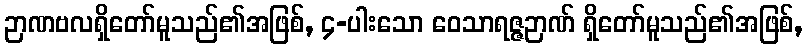
ဉာဏဗလရှိတော်မူသည်၏အဖြစ်, ၄-ပါးသော ဝေသာရဇ္ဇဉာဏ် ရှိတော်မူသည်၏အဖြစ်,